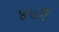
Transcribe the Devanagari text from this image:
४७ए